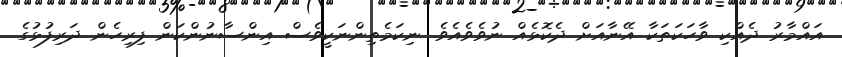
އައްމާރު ދެއްކި ވާހަކަތަކާ އޭނާއަށް ދެކޮޅެއް ނުވެވެއެވެ. ނިކަމެތިންނަކީވެސް އިންސާނުންކަން ފިރިހެން ދަރިފުޅުގެ